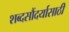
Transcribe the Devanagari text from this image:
शब्दसौंदर्यासाठी